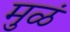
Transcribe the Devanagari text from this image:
मुळं